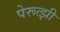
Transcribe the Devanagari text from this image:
पेरूत्झी